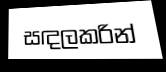
සඳලකරින්